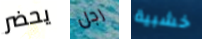
يحضر رجل خشبية